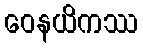
ဝေနယိကဿ